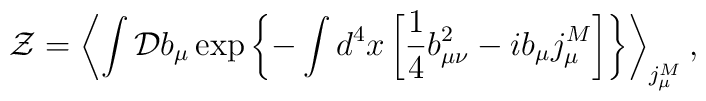
{\cal Z}=\left<\int {\cal D}b_\mu\exp\left\{-\int d^4x\left[\frac14 b_{\mu\nu}^2-i b_\mu j_\mu^M\right]\right\}\right>_{j_\mu^M},